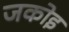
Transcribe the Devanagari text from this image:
जकोइ